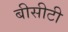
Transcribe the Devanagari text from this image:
बीसीटी